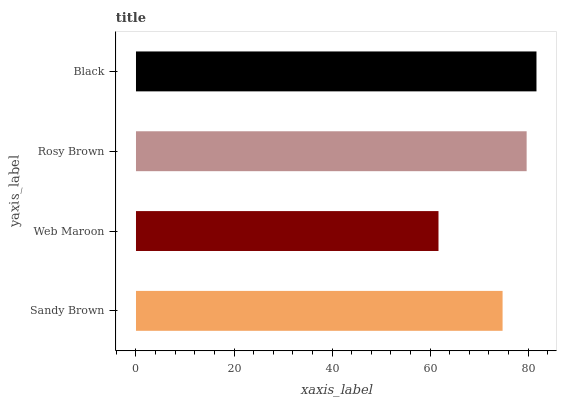
| yaxis_label | bars |
 | --- | --- |
 | Sandy Brown | 74.8 |
 | Web Maroon | 61.7 |
 | Rosy Brown | 79.7 |
 | Black | 81.7 |